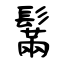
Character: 鬗